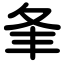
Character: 夆